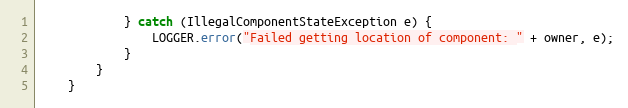
Language: Java
            } catch (IllegalComponentStateException e) {
                LOGGER.error("Failed getting location of component: " + owner, e);
            }
        }
    }